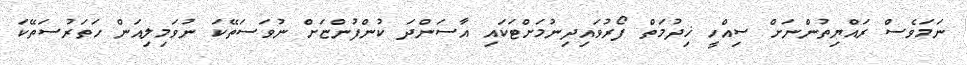
ނަމަވެސް ރައްޔިތުންނަށް ސިއްހީ ޚިދުމަތް ފޯރުވައިދިނުމަށްޓަކައި އާސަންދަ ކުންފުންޏަށް ނުވަސަތޭކަ ނުވަމިލިއަން ހަތަރުސަތޭކަ